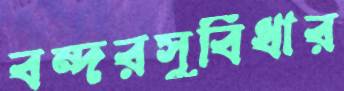
বন্দরসুবিধার